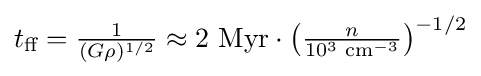
{\textstyle t_{\text{ff}}={\frac {1}{(G\rho )^{1/2}}}\approx 2{\text{ Myr}}\cdot \left({\frac {n}{10^{3}{\text{ cm}}^{-3}}}\right)^{-1/2}}